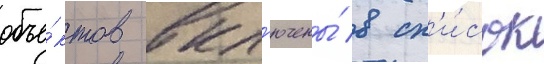
объе́ктов вкл'ючены́ в сп'и́сок